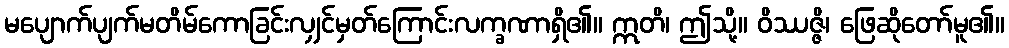
မပျောက်ပျက်မတိမ်ကောခြင်းလျှင်မှတ်ကြောင်းလက္ခဏာရှိ၏။ ဣတိ၊ ဤသို့။ ဝိဿဇ္ဇိ၊ ဖြေဆိုတော်မူ၏။